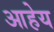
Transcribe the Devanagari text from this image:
आहेय